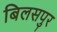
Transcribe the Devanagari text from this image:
बिलसपुर